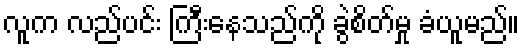
လူက လည်ပင်း ကြီးနေသည်ကို ခွဲစိတ်မှု ခံယူမည်။